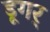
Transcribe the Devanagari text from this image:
डूगर्